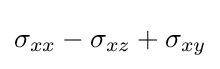
\sigma _{xx}-\sigma _{xz}+\sigma _{xy}